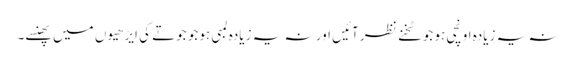
نہ یہ زیادہ اونچی ہو جو ٹخنے نظر آئیں اور نہ یہ زیادہ لمبی ہو جو جوتے کی ایڑھیوں میں پھنسے۔